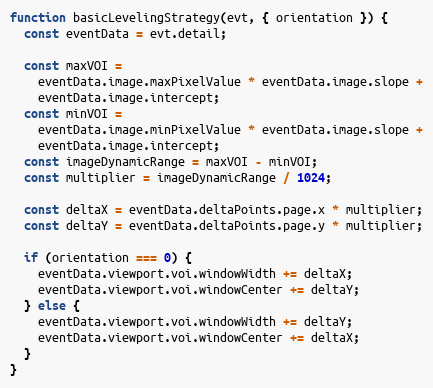
Language: JavaScript
function basicLevelingStrategy(evt, { orientation }) {
  const eventData = evt.detail;

  const maxVOI =
    eventData.image.maxPixelValue * eventData.image.slope +
    eventData.image.intercept;
  const minVOI =
    eventData.image.minPixelValue * eventData.image.slope +
    eventData.image.intercept;
  const imageDynamicRange = maxVOI - minVOI;
  const multiplier = imageDynamicRange / 1024;

  const deltaX = eventData.deltaPoints.page.x * multiplier;
  const deltaY = eventData.deltaPoints.page.y * multiplier;

  if (orientation === 0) {
    eventData.viewport.voi.windowWidth += deltaX;
    eventData.viewport.voi.windowCenter += deltaY;
  } else {
    eventData.viewport.voi.windowWidth += deltaY;
    eventData.viewport.voi.windowCenter += deltaX;
  }
}